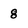
Character: 8